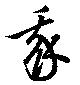
我